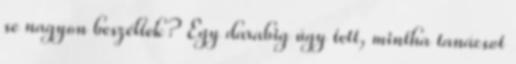
se nagyon beszéltek? Egy darabig úgy tett, mintha tanácsot